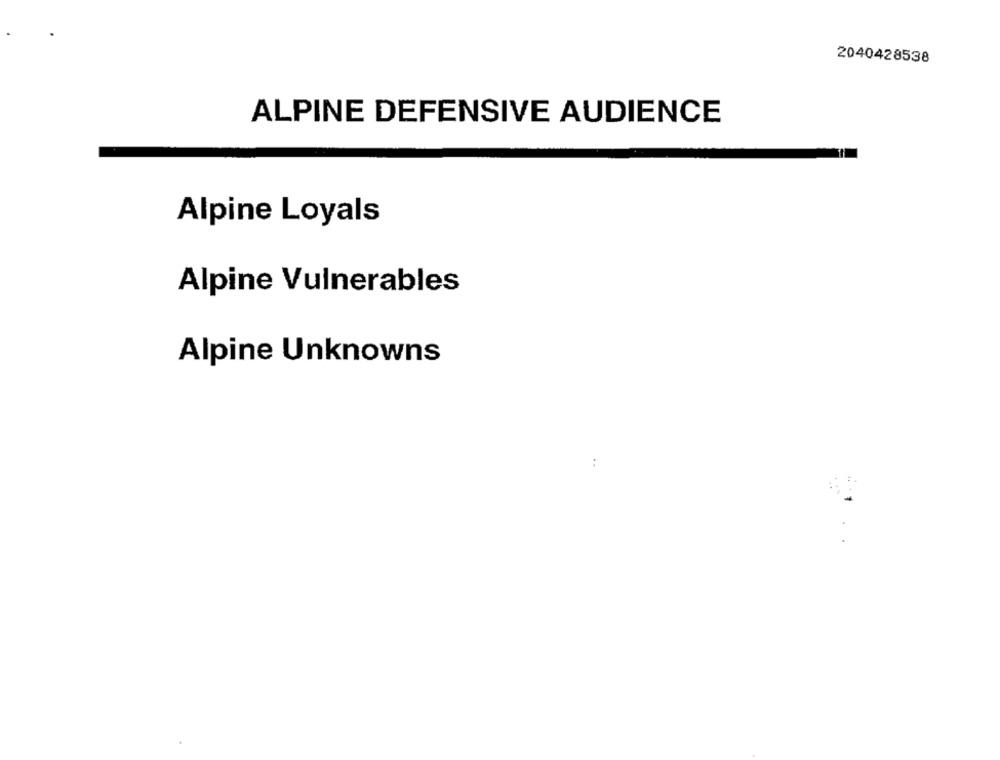
2040428538
ALPINE DEFENSIVE AUDIENCE
Alpine Loyals
Alpine Vulnerables
Alpine Unknowns
..